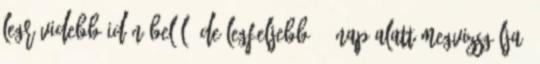
legrövidebb időn belül, de legfeljebb 15 nap alatt megvizsgálja,